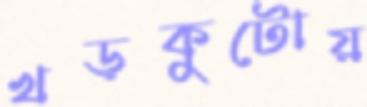
খড়কুটোয়